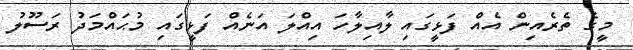
މީގެ ތެރެއިން އެއް ފަޅީގައި ލާއިލާހަ އިއްލަ އަނެއް ފަޅީގައި މުޙައްމަދު ރަސޫލު